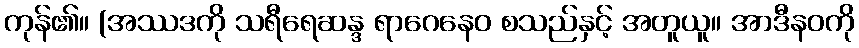
ကုန်၏။ (အဿဒကို သရီရေဆန္ဒ ရာဂေနေဝ စသည်နှင့် အတူယူ။ အာဒီနဝကို